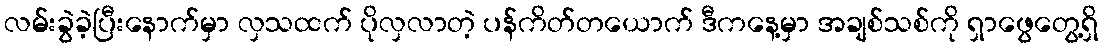
လမ်းခွဲခဲ့ပြီးနောက်မှာ လှသထက် ပိုလှလာတဲ့ ပန်ကိတ်တယောက် ဒီကနေ့မှာ အချစ်သစ်ကို ရှာဖွေတွေ့ရှိ